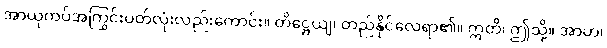
အာယုကပ်အကြွင်းပတ်လုံးလည်းကောင်း။ တိဋ္ဌေယျ၊ တည်နိုင်လေရာ၏။ ဣတိ၊ ဤသို့။ အာဟ၊